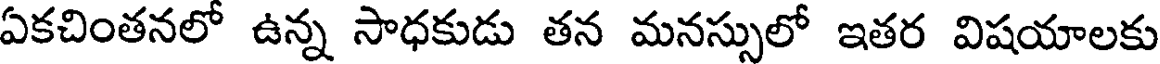
ఏకచింతనలో ఉన్న సాధకుడు తన మనస్సులో ఇతర విషయాలకు